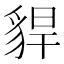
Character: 貋